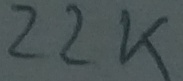
Text: 22K